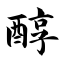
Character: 醇